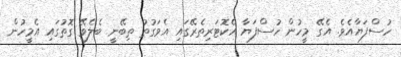
ހުސްފަޔާއެވެ. އެގޭ މީހުން ހުސްފަޔާ އެކޮޓަރިތެރޭގައި އެވަގުތު ތިބޭނީ ބެލެވޭ ގޮތުގައި އެމީހުން